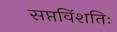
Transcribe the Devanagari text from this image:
सप्तविंशतिः